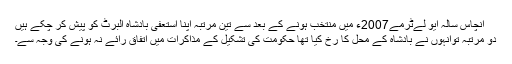
انچاس سالہ ایو لےٹرمے2007ء میں منتخب ہونے کے بعد سے تین مرتبہ اپنا استعفی بادشاہ البرٹ کو پیش کر چکے ہیں
دو مرتبہ توانہوں نے بادشاہ کے محل کا رخ کیا تھا حکومت کی تشکیل کے مذاکرات میں اتفاق رائے نہ ہونے کی وجہ سے۔